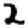
Digit: 2